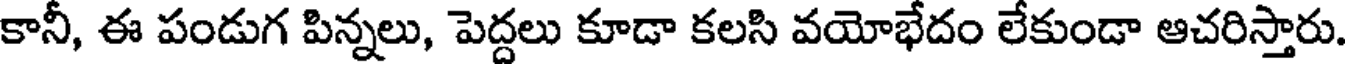
కానీ, ఈ పండుగ పిన్నలు, పెద్దలు కూడా కలసి వయోభేదం లేకుండా ఆచరిస్తారు.